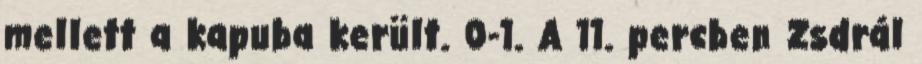
mellett a kapuba került. 0-1. A 11. percben Zsdrál